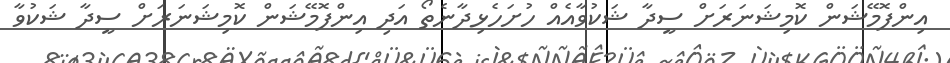
އިންފޮމޭޝަން ކޮމިޝަނަރަށް ސީދާ ޝަކުވާއެއް ހުށަހެޅިދާނެތޯ އަދި އިންފޮމޭޝަން ކޮމިޝަނަރަށް ސީދާ ޝަކުވާ